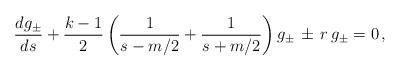
LaTeX: \begin{align*}\frac{dg_\pm}{ds}+\frac{k-1}{2}\left(\frac{1}{s-m/2}+\frac{1}{s+m/2}\right)g_\pm \, \pm \, r\,g_\pm=0 \, ,\end{align*}